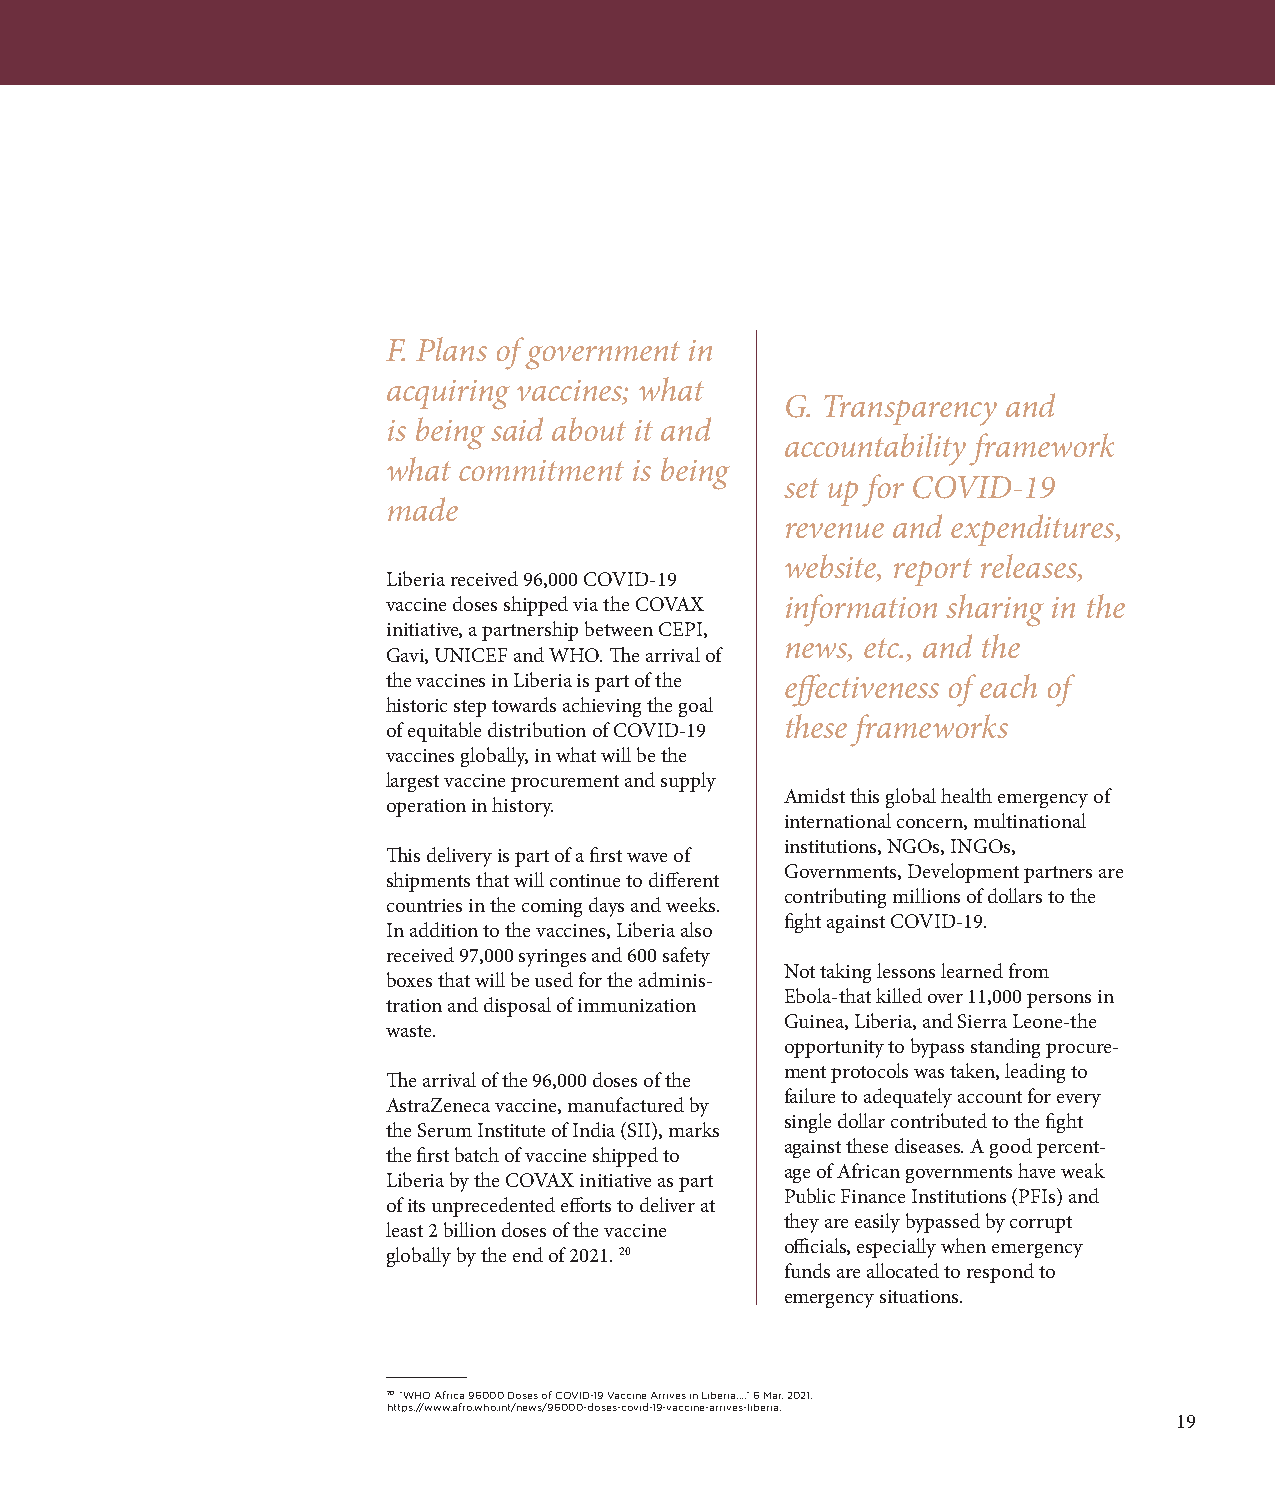
F. Plans of government in
 acquiring vaccines; what
 G. Transparency and
 is being said about it and
 accountability framework
 what commitment is being
 set up for COVID-19
 made
 revenue and expenditures,
 website, report releases,
 Liberia received 96,000 COVID-19
 vaccine doses shipped via the COVAX information sharing in the
 initiative, a partnership between CEPI,
 news, etc., and the
 Gavi, UNICEF and WHO. The arrival of
 the vaccines in Liberia is part of the effectiveness of each of
 historic step towards achieving the goal
 these frameworks
 of equitable distribution of COVID-19
 vaccines globally, in what will be the
 largest vaccine procurement and supply
 Amidst this global health emergency of
 operation in history.
 international concern, multinational
 institutions, NGOs, INGOs,
 This delivery is part of a first wave of
 Governments, Development partners are
 shipments that will continue to different
 contributing millions of dollars to the
 countries in the coming days and weeks.
 fight against COVID-19.
 In addition to the vaccines, Liberia also
 received 97,000 syringes and 600 safety
 Not taking lessons learned from
 boxes that will be used for the adminis-
 Ebola-that killed over 11,000 persons in
 tration and disposal of immunization
 Guinea, Liberia, and Sierra Leone-the
 waste.
 opportunity to bypass standing procure-
 ment protocols was taken, leading to
 The arrival of the 96,000 doses of the
 failure to adequately account for every
 AstraZeneca vaccine, manufactured by
 single dollar contributed to the fight
 the Serum Institute of India (SII), marks
 against these diseases. A good percent-
 the first batch of vaccine shipped to
 age of African governments have weak
 Liberia by the COVAX initiative as part
 Public Finance Institutions (PFIs) and
 of its unprecedented efforts to deliver at
 they are easily bypassed by corrupt
 least 2 billion doses of the vaccine
 officials, especially when emergency
 globally by the end of 2021. 20
 funds are allocated to respond to
 emergency situations.
 20 "WHO Africa 96000 Doses of COVID-19 Vaccine Arrives in Liberia...." 6 Mar. 2021,
 https://www.afro.who.int/news/96000-doses-covid-19-vaccine-arrives-liberia.
 19